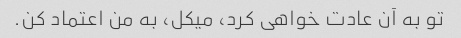
تو به آن عادت خواهی کرد، میکل، به من اعتماد کن.